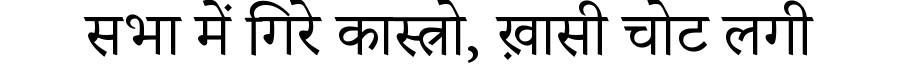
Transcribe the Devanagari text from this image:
सभा में गिरे कास्त्रो, ख़ासी चोट लगी